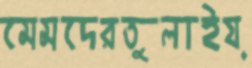
মেমদেরতুলাইয়